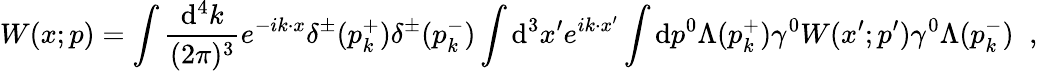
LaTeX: W(x;p)=\int\frac{\mathrm{d}^{4}k}{(2\pi)^{3}}e^{-ik\cdot x}\delta^{\pm}(p_{k}^{+})\delta^{\pm}(p_{k}^{-})\int\mathrm{d}^{3}x^{\prime}e^{ik\cdot x^{\prime}}\int\mathrm{d}p^{0}\Lambda(p_{k}^{+})\gamma^{0}W(x^{\prime};p^{\prime})\gamma^{0}\Lambda(p_{k}^{-})\; \; ,